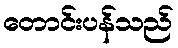
တောင်းပန်သည်